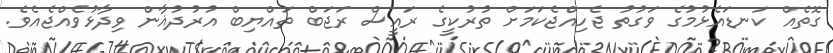
ގޮތެއް ކަނޑައެޅުމުގެ ވަގުތު ޖެހިއްޖެކަމަށް ތުރުކީގެ ރައީސް ރަޖަބް ތައްޔިބް އުރުދުޣާން ވިދާޅުވެއްޖެއެވެ.